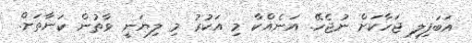
އަބަފިލި ޖަހާކަށް ނުޖެހޭ. އަނެއްކާ މި އަކުރު މި ލިޔަނީ ވާތުން ކަނާތަށް.